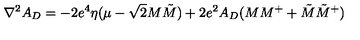
\nabla ^ { 2 } A _ { D } = - 2 e ^ { 4 } \eta ( \mu - \sqrt { 2 } M \tilde { M } ) + 2 e ^ { 2 } A _ { D } ( M M ^ { + } + \tilde { M } \tilde { M } ^ { + } )